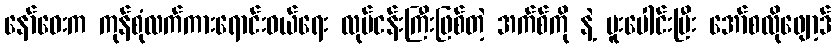
နော်ဝေးက ကုန်စုံလက်ကားရောင်းဝယ်ရေး လုပ်ငန်းကြီးဖြစ်တဲ့ အက်စ်ကို နဲ့ ပူးပေါင်းပြီး အော်စလိုဖျော့ဒ်